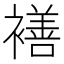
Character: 𮖯